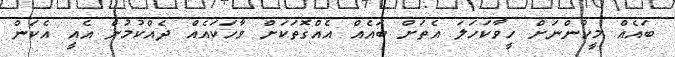
ބައެއް މީހުންނަށް ހީވާކަހަލަ އެތަށް ބައެއް އެއްގޮތަކަށް ވާހަކައެއް ދެއްކުމުން އެއީ އެކަން